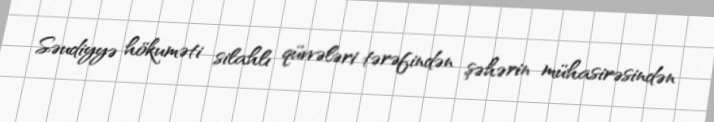
Səudiyyə hökuməti silahlı qüvvələri tərəfindən şəhərin mühasirəsindən